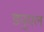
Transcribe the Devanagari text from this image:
ड्युएल